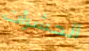
الحشرات